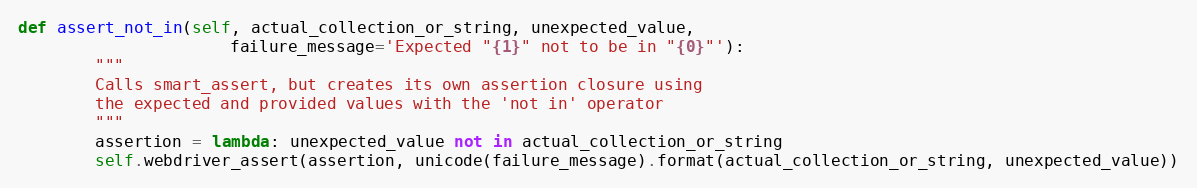
Language: Python
def assert_not_in(self, actual_collection_or_string, unexpected_value,
                      failure_message='Expected "{1}" not to be in "{0}"'):
        """
        Calls smart_assert, but creates its own assertion closure using
        the expected and provided values with the 'not in' operator
        """
        assertion = lambda: unexpected_value not in actual_collection_or_string
        self.webdriver_assert(assertion, unicode(failure_message).format(actual_collection_or_string, unexpected_value))